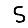
Digit: 5